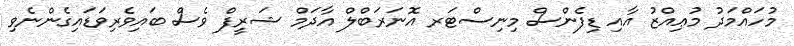
މުހައްމަދު މުޢިއްޒު އާއި ޑިފެންސް މިނިސްޓަރ އޮނަރަބްލް އާދަމް ޝަރީފް ވެސް ބައިވެރިވަޑައިގެންނެވި